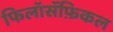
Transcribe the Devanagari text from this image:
फिलॉसॅफ़िकल